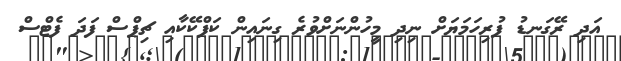
އަދި ރޭގަނޑު ފުރިހަމަޔަށް ނިދި މީހުންނަށްވުރެ ގިނައިން ކަޕްކޭކާއި ޗިޕްސް ފަދަ ފެޓްސް